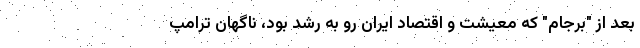
بعد از "برجام" که معیشت و اقتصاد ایران رو به رشد بود، ناگهان ترامپ